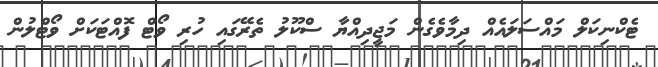
ޓެކްނިކަލް މައްސަލައެއް ދިމާވެގެން މަޖީދިއްޔާ ސްކޫލު ތެރޭގައި ހުރި ވޯޓް ފޮއްޓަކަށް ވޯޓްލުން